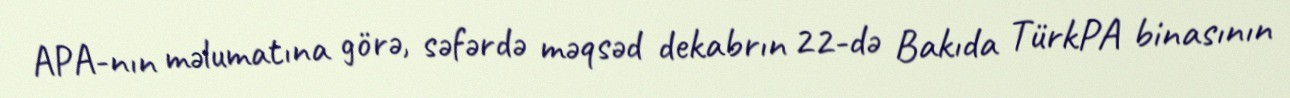
APA-nın məlumatına görə, səfərdə məqsəd dekabrın 22-də Bakıda TürkPA binasının